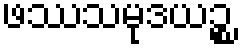
ဖဿသမုဒယဉ္စ